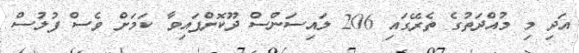
އަދި މި މުއްދަތުގެ ތެރޭގައި 206 ލައިސަންސް ދޫކޮށްފައިވާ ކަމަށް ވެސް ފުލުސް